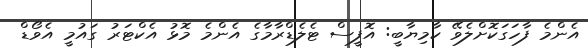
އެންމެ ފާހަގަކޮށްލެވޭ ކާމިޔާބީ: އޮފީސް ޓެލެޑްރާމާގެ އެންމެ މޮޅު އެކްޓަރު ގައުމީ އެވޯޑް